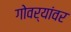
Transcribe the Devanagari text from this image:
गोवर्यांवर